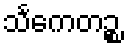
သင်္ကေတဉ္စ